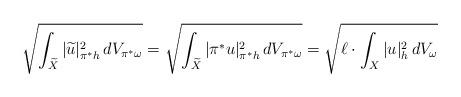
LaTeX: \begin{align*}\sqrt{\int_{\widetilde{X}}|\widetilde{u}|_{\pi^*h}^2\,dV_{\pi^*\omega}} =\sqrt{\int_{\widetilde{X}}|\pi^*u|_{\pi^*h}^2\,dV_{\pi^*\omega}} =\sqrt{\ell\cdot \int_{X}|u|_{h}^2\,dV_{\omega}} \end{align*}